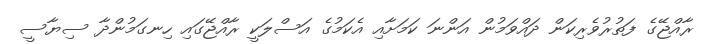
ރާއްޖޭގެ ފަތުރުވެރިކަން ދައްވަމުން އަންނަ ކަމަށާއި އެކަމުގެ އަސްލަކީ ރާއްޖޭގައި ހިނގަމުންދާ ސިޔާސީ